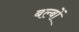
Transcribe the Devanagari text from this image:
बल्‍बों